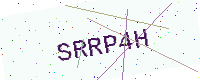
Text: SRRP4H